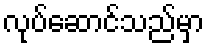
လုပ်ဆောင်သည်မှာ